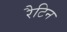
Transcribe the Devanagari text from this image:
रैटिन